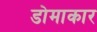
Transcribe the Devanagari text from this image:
डोमाकार